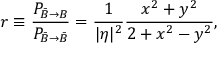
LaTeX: r \equiv \frac { P _ { \bar { B } \rightarrow { B } } } { P _ { \bar { B } \rightarrow \bar { B } } } = \frac { 1 } { | \eta | ^ { 2 } } \frac { x ^ { 2 } + y ^ { 2 } } { 2 + x ^ { 2 } - y ^ { 2 } } ,